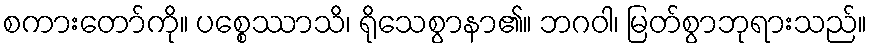
စကားတော်ကို။ ပစ္စေဿာသိ၊ ရိုသေစွာနာ၏။ ဘဂဝါ၊ မြတ်စွာဘုရားသည်။